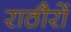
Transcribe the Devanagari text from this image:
राठौरों